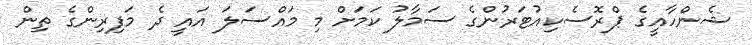
ޝެންހާއީގެ ޕްރޮސެކިއުޓަރުންގެ ސަމާލު ކަމަށް މި މައްސަލަ އައީ ދެ މަފިރިންގެ ތިން